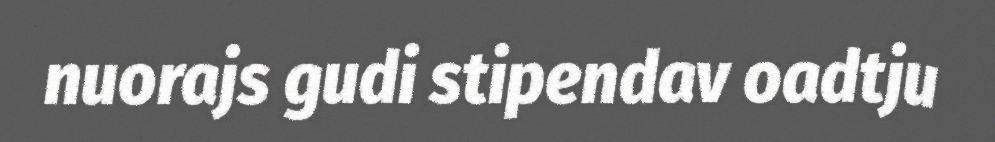
nuorajs gudi stipendav oadtju